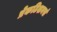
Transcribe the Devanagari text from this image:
प्रेकटिशनर्स